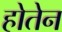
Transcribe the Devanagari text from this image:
होतेन